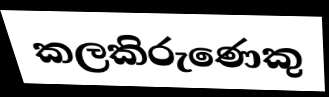
කලකිරුණෙකු